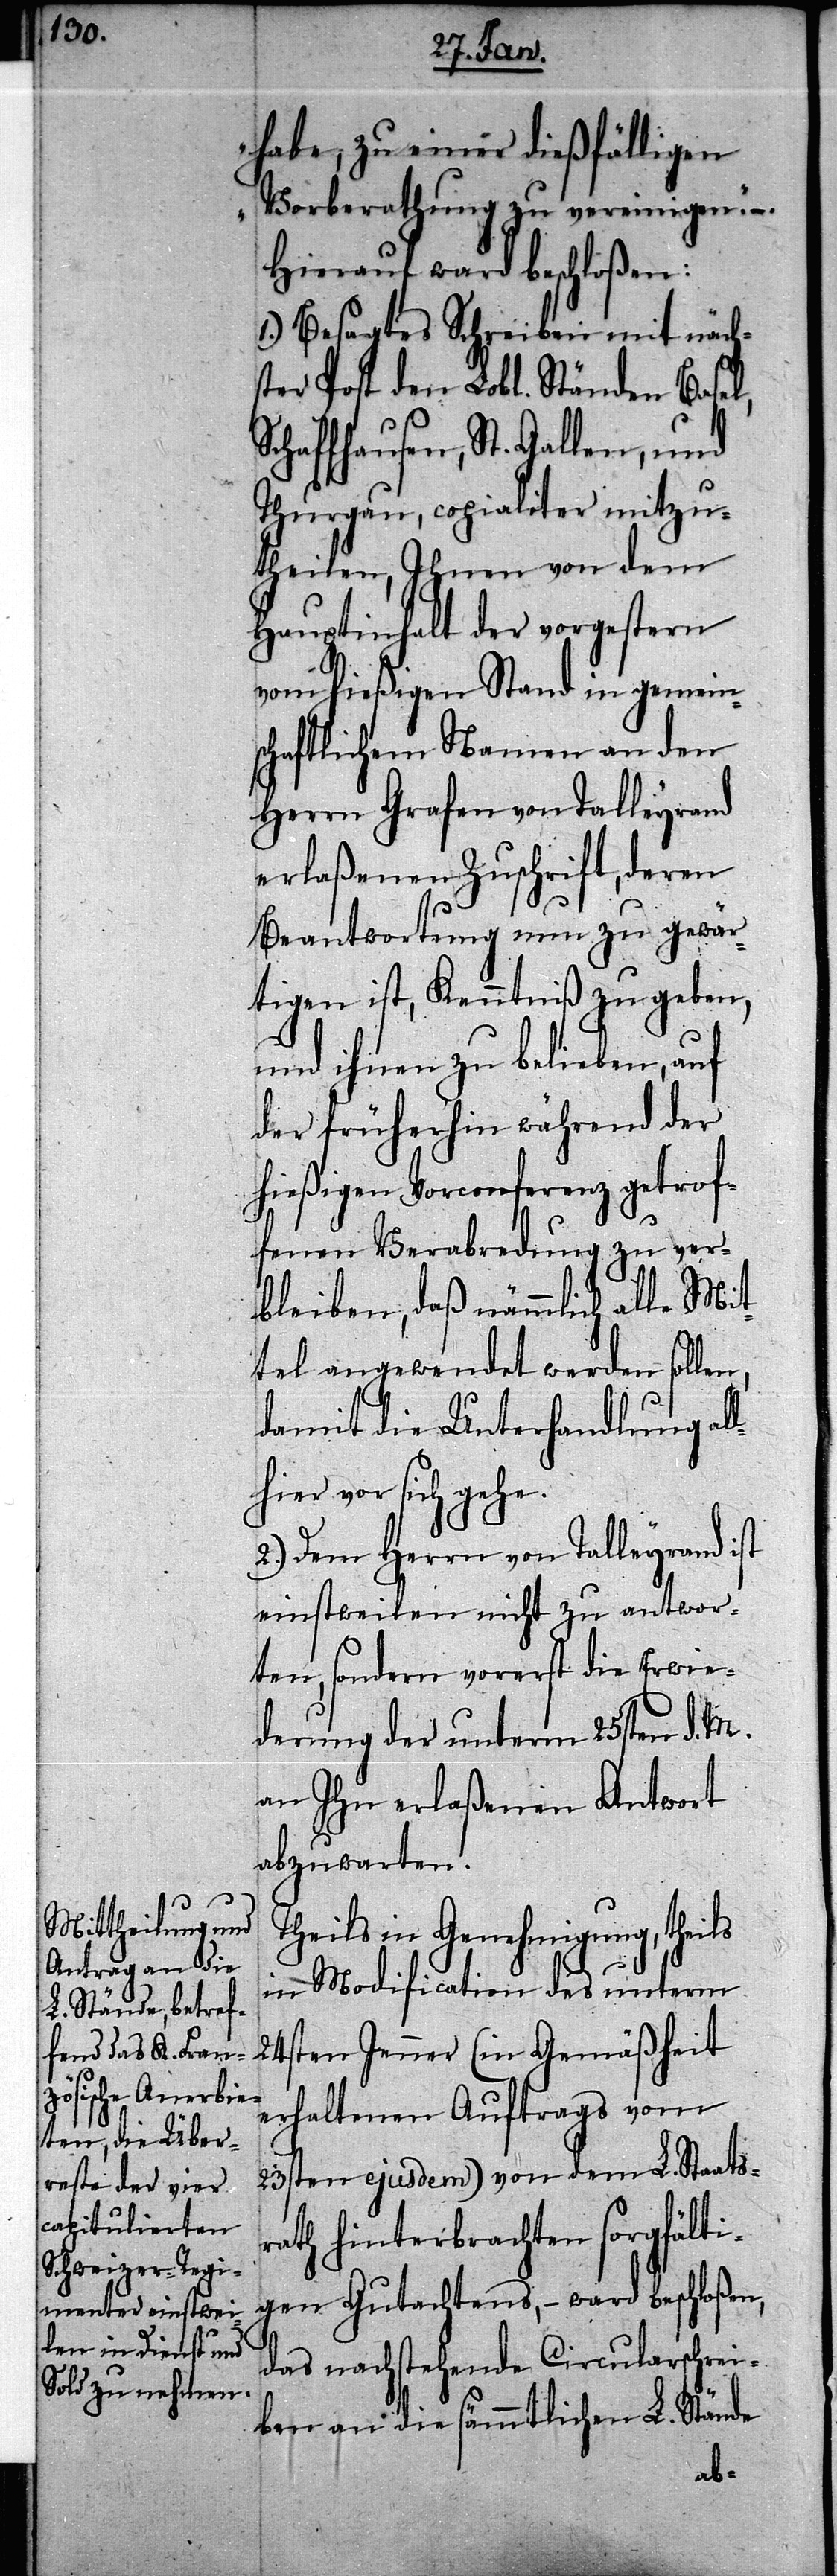
habe, zu einer dießfälligen
Vorberathung zu vereinigen.“ –
Hierauf ward beschloßen:
1.) Besagtes Schreiben mit näch¬
ster Post den Lobl. Ständen Basel,
haffhausen, St. Gallen, und
Thurgau, copialiter mitzu¬
theilen, Ihnen von dem
Hauptinhalt der vorgestern
vom hießigen Stand in gemein¬
schaftlichem Namen an den
Herrn Grafen von Talleyrand
erlaßenen Zuschrift, deren
Beantwortung nun zu gewär¬
tigen ist, Kenntniß zu geben,
und ihnen zu belieben, auf
der früherhin während der
hießigen Vorconferenz getrof¬
fenen Verabredung zu ver¬
bleiben, daß nämmlich alle Mit¬
tel angewendet werden sollen,
damit die Unterhandlung al¬
lhier vor sich gehe.
2.) Dem Herrn von Talleyrand ist
einstweilen nicht zu antwor¬
ten, sondern vorerst die Erwie¬
derung der unterm 25sten d. M.
an ihn erlaßenen Antwort
abzuwarten.
Theils in Genehmigung, theils
in Modification des unterm
24sten Jenner (in Gemäßheit
erhaltenen Auftrags vom
23sten ejusdem) von dem L. Staats¬
rath hinterbrachten sorgfälti¬
gen Gutachtens, – ward beschloßen,
das nachstehende Circularschrei¬
ben an die sämmtlichen L. Stände
Sc¬